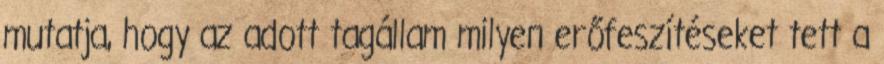
mutatja, hogy az adott tagállam milyen erőfeszítéseket tett a